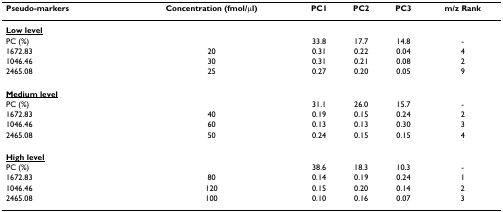
| Pseudo-markers | Concentration (fmol/μl) | PC1 | PC2 | PC3 | m/z Rank |
 | --- | --- | --- | --- | --- | --- |
 | <underline>Low level</underline> |  |  |  |  |  |
 | PC (%) |  | 33.8 | 17.7 | 14.8 | - |
 | 1672.83 | 20 | 0.31 | 0.22 | 0.04 | 4 |
 | 1046.46 | 30 | 0.31 | 0.21 | 0.08 | 2 |
 | 2465.08 | 25 | 0.27 | 0.20 | 0.05 | 9 |
 | <underline>Medium level</underline> |  |  |  |  |  |
 | PC (%) |  | 31.1 | 26.0 | 15.7 | - |
 | 1672.83 | 40 | 0.19 | 0.15 | 0.24 | 2 |
 | 1046.46 | 60 | 0.13 | 0.13 | 0.30 | 3 |
 | 2465.08 | 50 | 0.24 | 0.15 | 0.15 | 4 |
 | <underline>High level</underline> |  |  |  |  |  |
 | PC (%) |  | 38.6 | 18.3 | 10.3 | - |
 | 1672.83 | 80 | 0.14 | 0.19 | 0.24 | 1 |
 | 1046.46 | 120 | 0.15 | 0.20 | 0.14 | 2 |
 | 2465.08 | 100 | 0.10 | 0.16 | 0.07 | 3 |